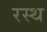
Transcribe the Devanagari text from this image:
रस्थ